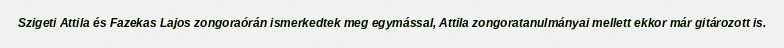
Szigeti Attila és Fazekas Lajos zongoraórán ismerkedtek meg egymással, Attila zongoratanulmányai mellett ekkor már gitározott is.